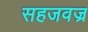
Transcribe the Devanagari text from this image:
सहजवज्र